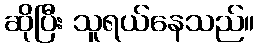
ဆိုပြီး သူရယ်နေသည်။